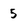
Character: 5